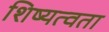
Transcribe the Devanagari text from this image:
शिष्यत्वता